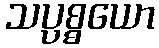
သပ္ပစ္စယော